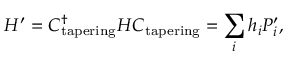
H ^ { \prime } = C _ { \mathrm { t a p e r i n g } } ^ { \dagger } H C _ { \mathrm { t a p e r i n g } } = \sum _ { i } h _ { i } P _ { i } ^ { \prime } ,